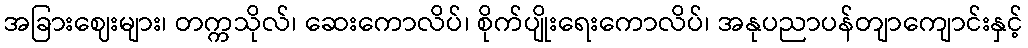
အခြားဈေးများ၊ တက္ကသိုလ်၊ ဆေးကောလိပ်၊ စိုက်ပျိုးရေးကောလိပ်၊ အနုပညာပန်တျာကျောင်းနှင့်